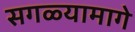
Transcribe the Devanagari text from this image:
सगळ्यामागे